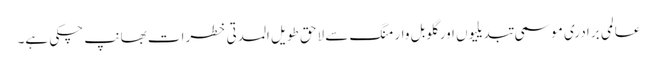
عالمی برادری موسمی تبدیلیوں اور گلوبل وارمنگ سے لاحق طویل المدتی خطرات بھانپ چکی ہے۔